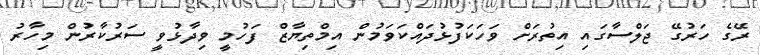
ރޭގެ ހަރުގޭ ޖަލްސާގައި އިތުރަށް ވަހަކަފުޅުދައްކަވަމުން އިމްތިޔާޒް ފަހުމީ ވިދާޅުވީ ސަރުކާރުން މިހާރު